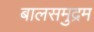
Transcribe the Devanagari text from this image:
बालसमुद्रम